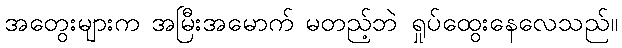
အတွေးများက အမြီးအမောက် မတည့်ဘဲ ရှုပ်ထွေးနေလေသည်။